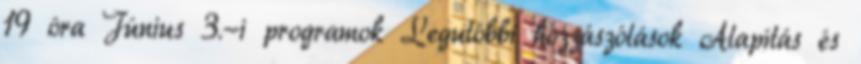
19 óra Június 3.-i programok Legutóbbi hozzászólások Alapítás és